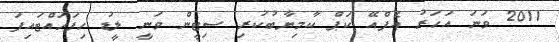
2011 ވަނަ އަހަރު އެފްއޭ ކަޕް ކާމިޔާބުކުރި ސިޓީން ވަނީ ލީޑު ހިފަހައްޓައިފަ